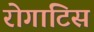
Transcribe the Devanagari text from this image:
रोगाटिस